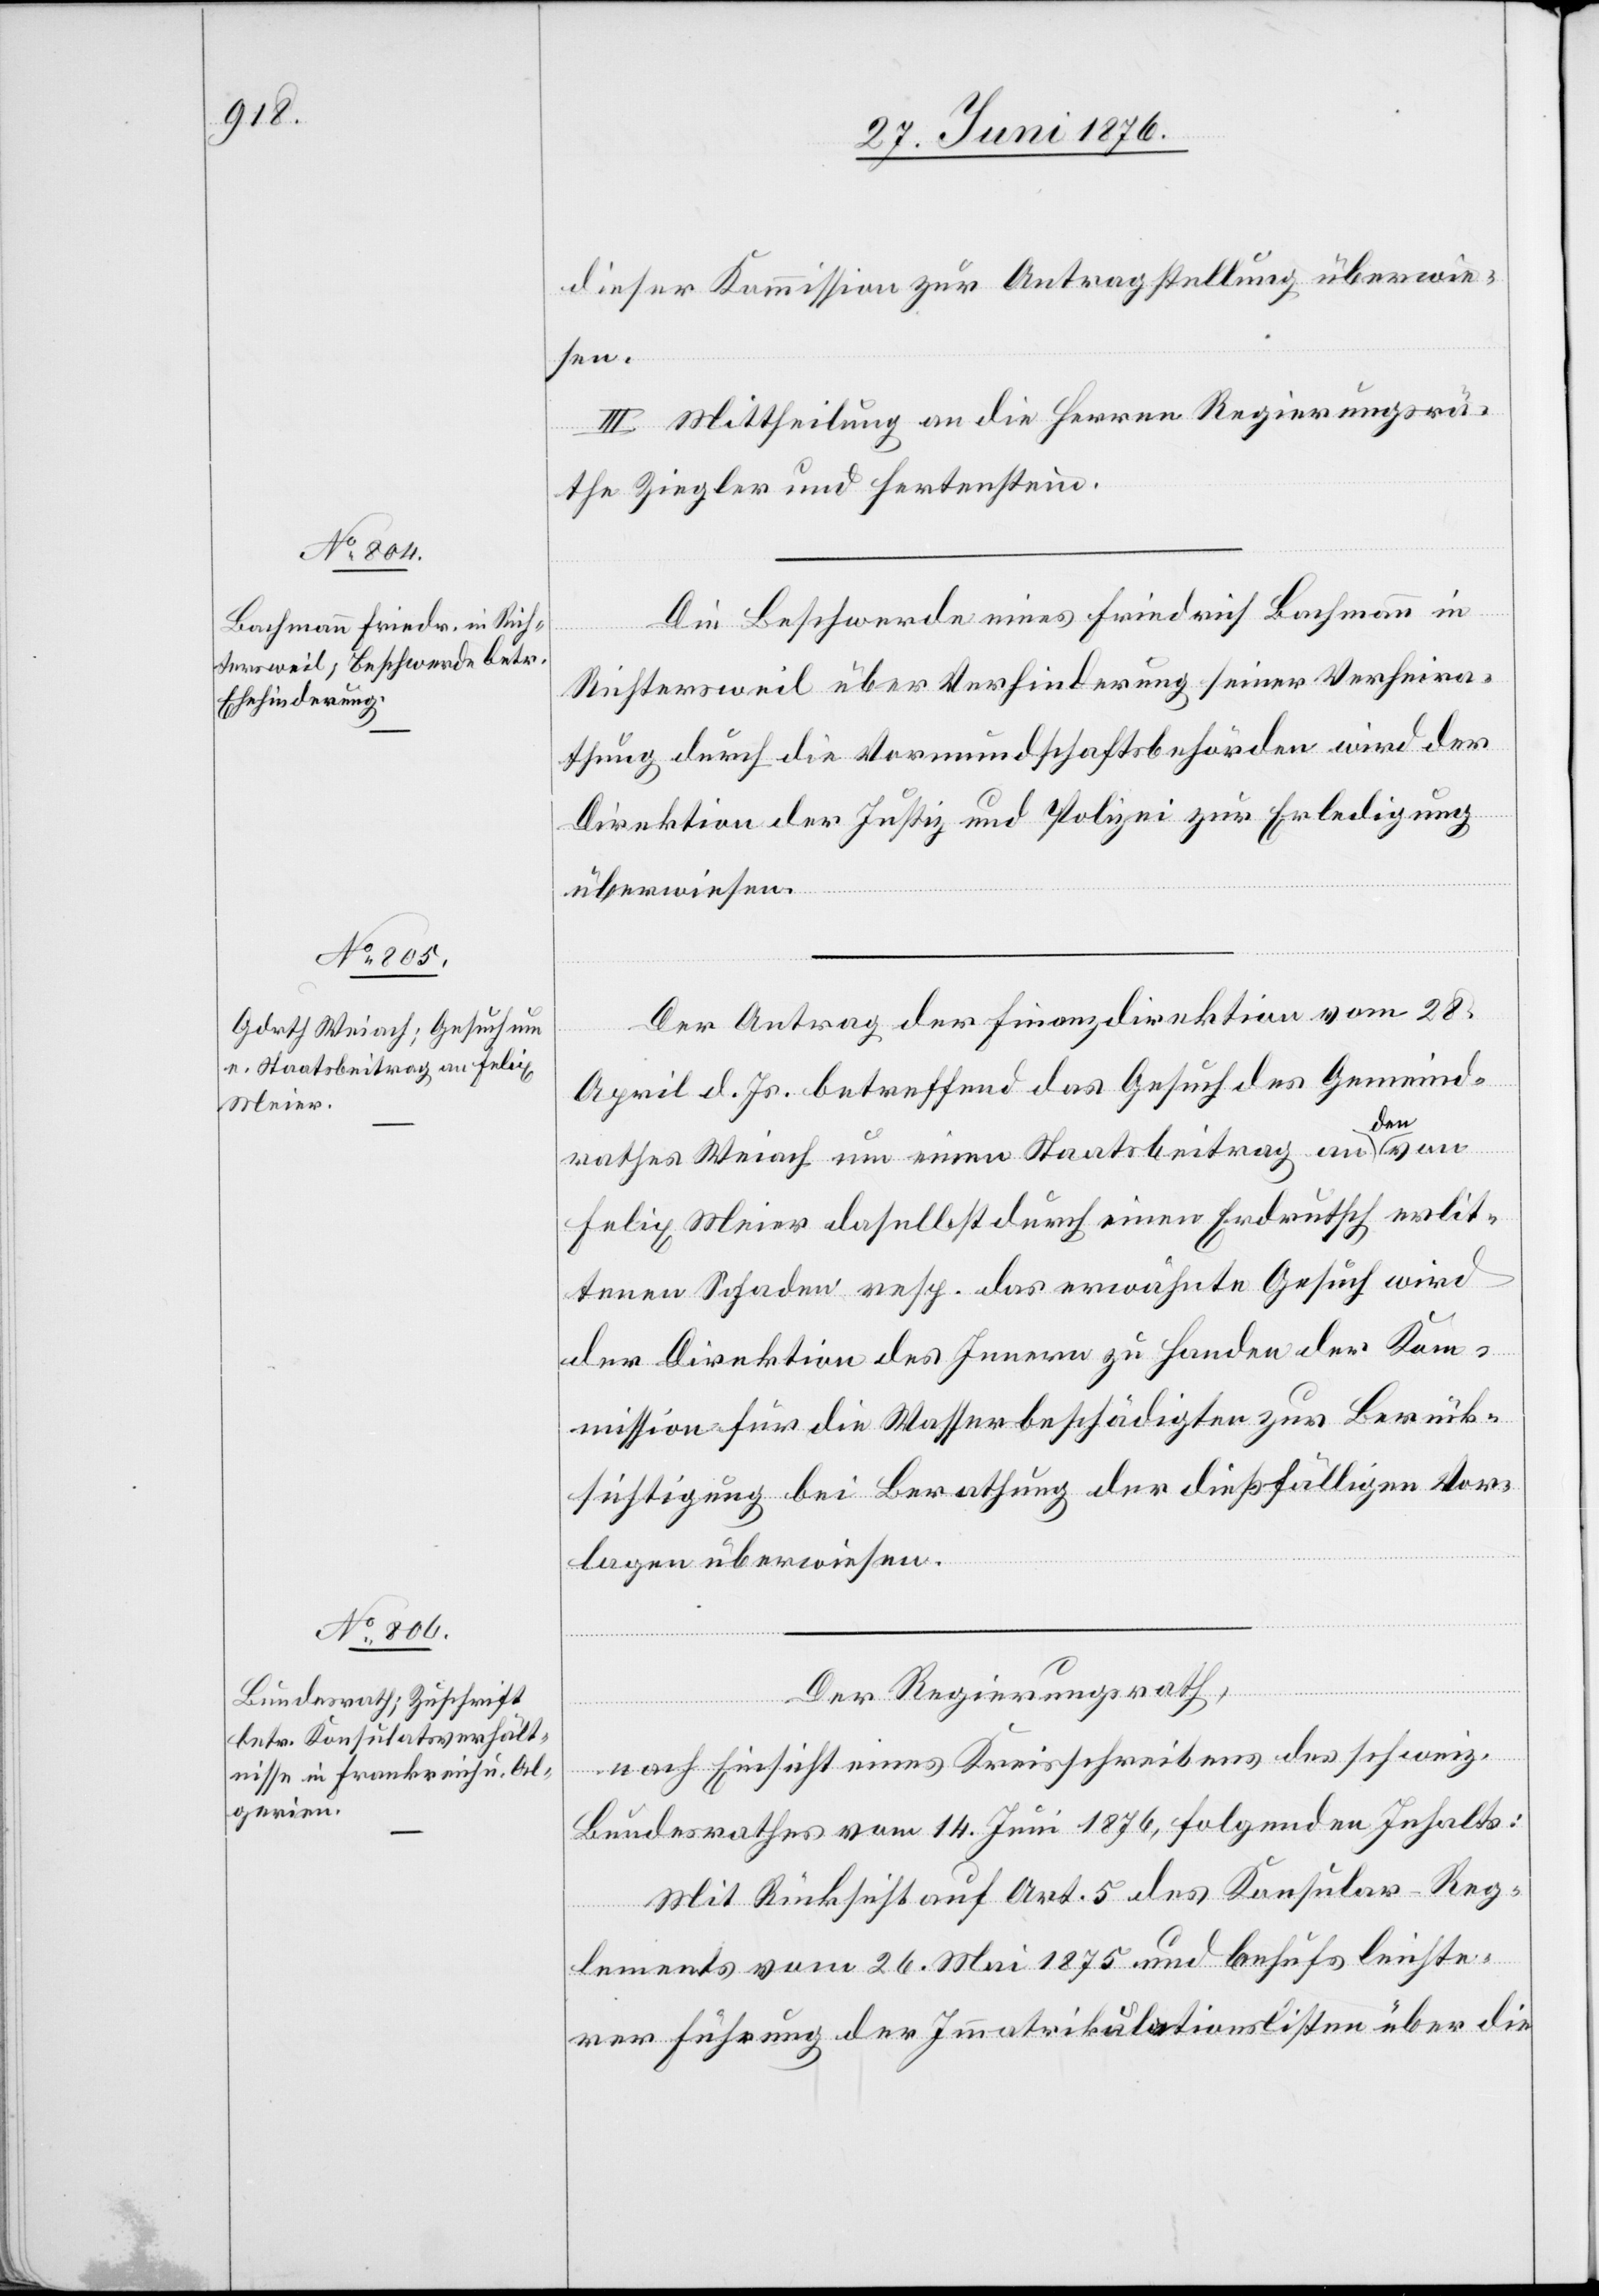
dieser Kommission zur Antragstellung überwie¬
sen.
III. Mittheilung an die Herren Regierungsrä¬
the Ziegler und Hertenstein.
Die Beschwerde eines Friedrich Bachmann in
Richtersweil über Verhinderung seiner Verheira¬
thung durch die Vormundschaftsbehörden wird der
Direktion der Justiz und Polizei zur Erledigung
von
überwiesen.
Der Antrag der Finanzdirektion vom 28.
April d. Js. betreffend das Gesuch des Gemeind¬
rahtes Weiach um einen Staatsbeitrag an
Felix Meier daselbst durch einen Erdrutsch erlit¬
tenen Schaden resp. das erwähnte Gesuch wird
der Direktion des Innern zu Handen der Kom¬
mission für die Wasserbeschädigten zur Berück¬
sichtigung bei Berathung der dießfälligen Vor¬
lagen überwiesen.
Der Regierungsrath,
nach Einsicht eines Kreisschreibens des schweiz.
Bundesrathes vom 14. Juni 1876, folgenden Inhalts:
Mit Rücksicht auf Art. 5 des Konsular-Reg¬
lements vom 26. Mai 1875 und behufs leichte¬
rer Führung der Immatrikulationslisten über die